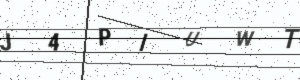
Text: J4PIUWT